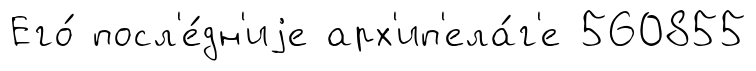
Его́ посл'е́дн'иjе арх'ип'ела́г'е 560855